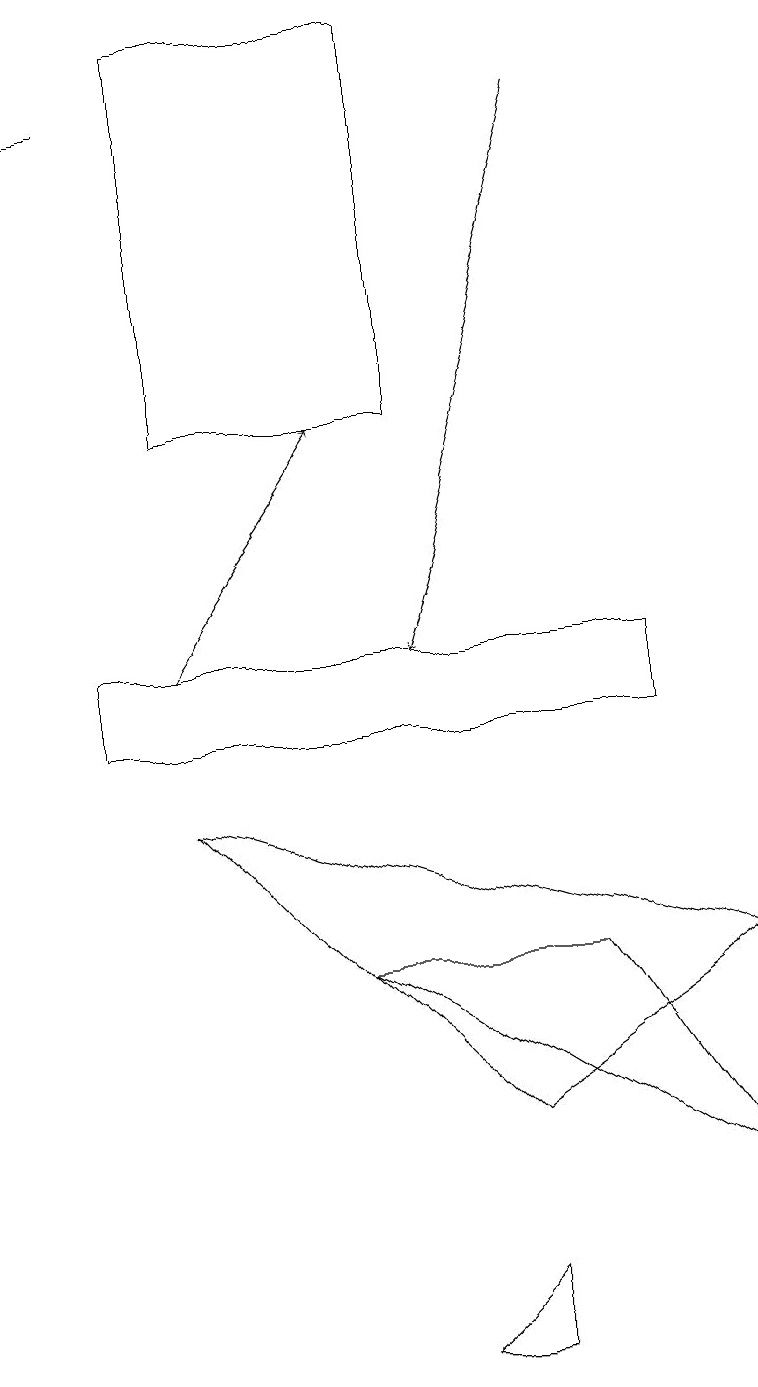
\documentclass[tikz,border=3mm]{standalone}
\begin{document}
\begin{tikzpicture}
\draw (2,14) rectangle (5,19);
\draw[->] (2,11) -- (4,14);
\draw (5,2) -- (6,3) -- (6,2) -- cycle;
\draw (1,18) rectangle (0,18);
\draw (9,4) -- (7,7) -- (4,7) -- cycle;
\draw (1,10) rectangle (8,11);
\draw (2,9) -- (9,7) -- (6,5) -- cycle;
\draw[->] (7,18) -- (5,11);
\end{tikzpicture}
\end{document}